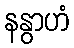
နနွာဟံ